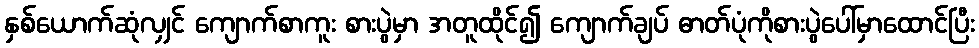
နှစ်ယောက်ဆုံလျှင် ကျောက်စာကူး စားပွဲမှာ အတူထိုင်၍ ကျောက်ချပ် ဓာတ်ပုံကိုစားပွဲပေါ်မှာထောင်ပြီး